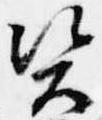
資